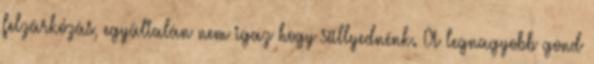
felzárkózás, egyáltalán nem igaz hogy süllyednénk. A legnagyobb gond